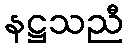
နဋ္ဌသညီ